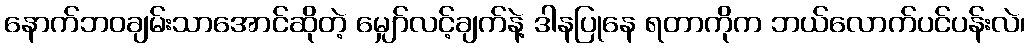
နောက်ဘဝချမ်းသာအောင်ဆိုတဲ့ မျှော်လင့်ချက်နဲ့ ဒါနပြုနေ ရတာကိုက ဘယ်လောက်ပင်ပန်းလဲ၊